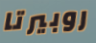
روبيرتا